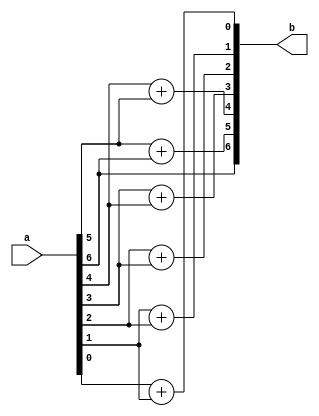
module gray(input [n-1:0]a,output [n-1:0]b);
parameter n=7;
integer i;
assign b[n-1]=a[n-1]; //assign MSB
reg [n-2:0]temp;
assign b[n-2:0]=temp;
always @(a) begin
for(i=n-2;i>=0;i=i-1) begin
	temp[i]=a[i]+a[i+1];
end
end
endmodule